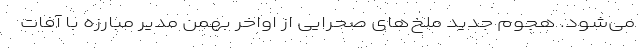
می‌شود. هجوم جدید ملخ‌های صحرایی از اواخر بهمن مدیر مبارزه با آفات